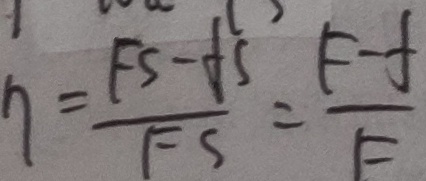
\eta = \frac { F s - f s } { F s } = \frac { F - f } { F }